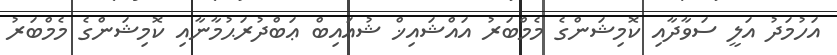
އަހުމަދު އަލީ ސަވާދާއި ކޮމިޝަންގެ މެމްބަރު އައްޝައިޚް ޝުޢައިބް ޢަބްދުރަޙުމާނާއި ކޮމިޝަންގެ މެމްބަރު